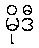
မိုဒီ